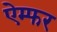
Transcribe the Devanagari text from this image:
ऐम्फर